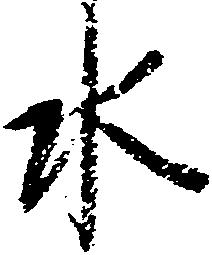
水